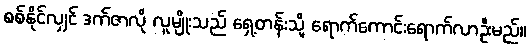
စစ်နိုင်လျှင် ဒက်ဇာလို လူမျိုးသည် ရှေ့တန်းသို့ ရောက်ကောင်းရောက်လာဦးမည်။